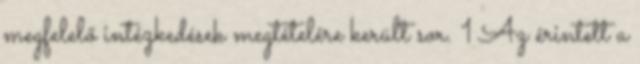
megfelelő intézkedések megtételére került sor. 1 Az érintett a